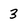
Character: 3